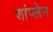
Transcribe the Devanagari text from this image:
शांप्लेन